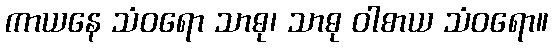
ကာယနေ သံဝရော သာဓု၊ သာဓု ဝါစာယ သံဝရော။